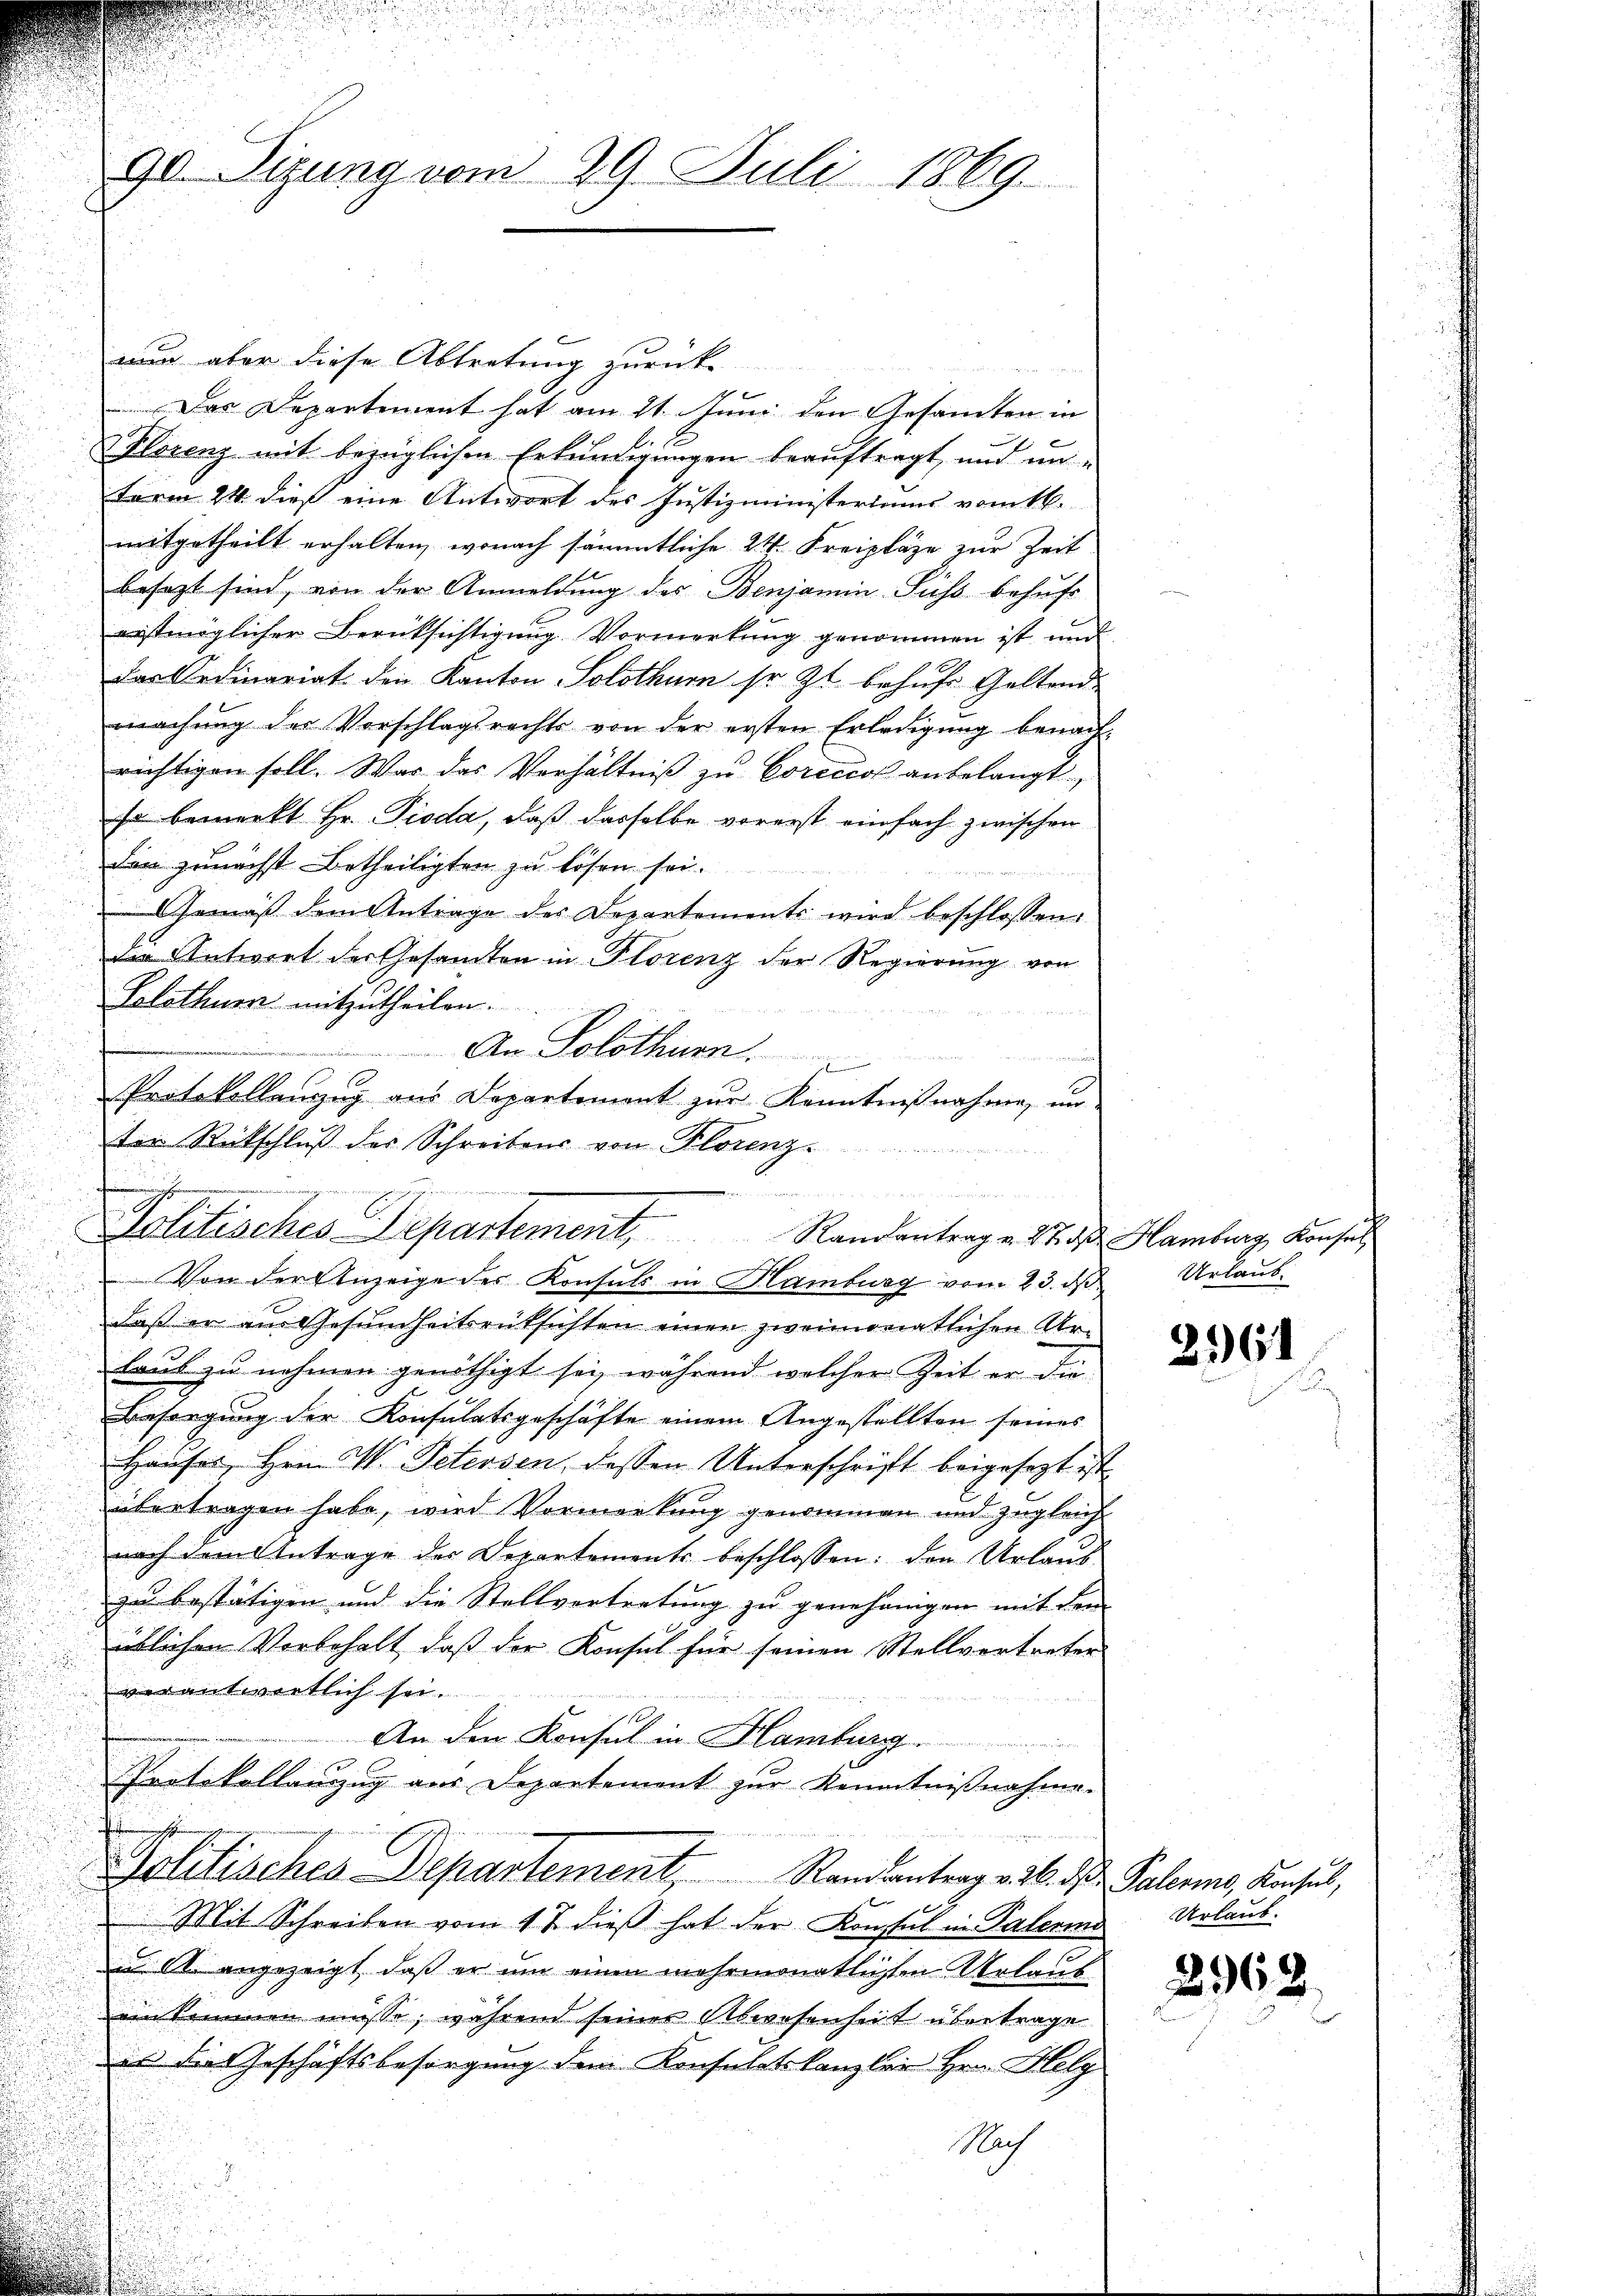
u
nun aber diese Abtretung zurück
Das Departement hat am 21. Juni den Gesamten in
Florenz mit bezüglichen Erkundigungen beauftragt, und un-
Form 24. dieß eine Antwort des Justizministeriums vom 16.
mitgetheilt erhalten, wonach sämmtliche 24. Freipläge zur Zeit
besezt sind, von der Anmeldung des Benjamin Fuss behufs
erstmöglicher Berücksichtigung Vormerkung genommen ist und
das Ordinariat den Kanton Solothur sr. Zt. behufe Geltend
machŭng der Vorschlagsrechts von der ersten Erledigŭng benach-
richtigen soll. Was das Verhältniß zu Corcccos anbelangt
so bemerkt Hr. Pioda, daß dasselbe vorerst einfach zwischen
den zunächst betheiligten zu lösen sei.
Gemäß dem Antrage des Departements wird beschlossen:
die Antwort der Gesandten in Florenz der Regierung von
Solothur mitzutheilen.
An Solothurn.
e
Protokollanzug aus Departement zur Kenntnißnahme, un-
e
ten Rückschluß des Schreibens von Florenz
 Von der Anzeige der Konsuls in Hamburg vom 23. ds Urlaub
daß er am Gesundheitsrüksichten einen zweimonatlichen Arlaub zu nehmen genöthigt sei, während welcher Zeit er die
Besorgung der Konsulatsgeschäfte einem Angestellten seines
Hauses, Hrn. W. Petersen, dessen Unterschrift beigesezt ist
übertragen habe, wird Vormerkung genommen und zugleich
nach dem Antrage der Departements beschlossen: den Urlaus
zu bestätigen und die Stellvertretung zu genehmigen mit dem
üblichen Vorbehalt, daß der Konsul für seinen Stellvertreten
verantwortlich sei.
An den Konsul in Hamburg.
Protokollauszug aus Departement zur Kenntnißnahme.
Politischen Departement, Randantrag v. 6. ds. Palers Konsul,
Mit Schreiben vom 4 t dieß hat der Konsul in Palerme Urlaub.
u St. angezeigt, daß er um einen mehrmonatlichten Urlaub
ein kommen müsse, während seines Abwesenheit übertrage
is die Geschäftsbesorgung dem Konsulatskanzlei Hrn. Helg
Nach

90. Sizung vom 29. Juli 1869.

x
Politisches Departement, Randantrag v. 24. d. Hamburg, Konsul

2161

2968.